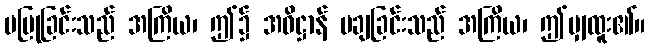
မပြုခြင်းသည် အကြိယ၊ ဤ၌ အဓိဋ္ဌာန် မချခြင်းသည် အကြိယ၊ ဤမျှထူး၏။